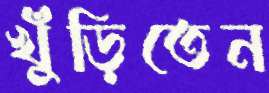
খুঁড়িতেন